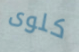
كلوى